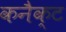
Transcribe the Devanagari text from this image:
कनैक्ट